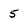
Character: 5